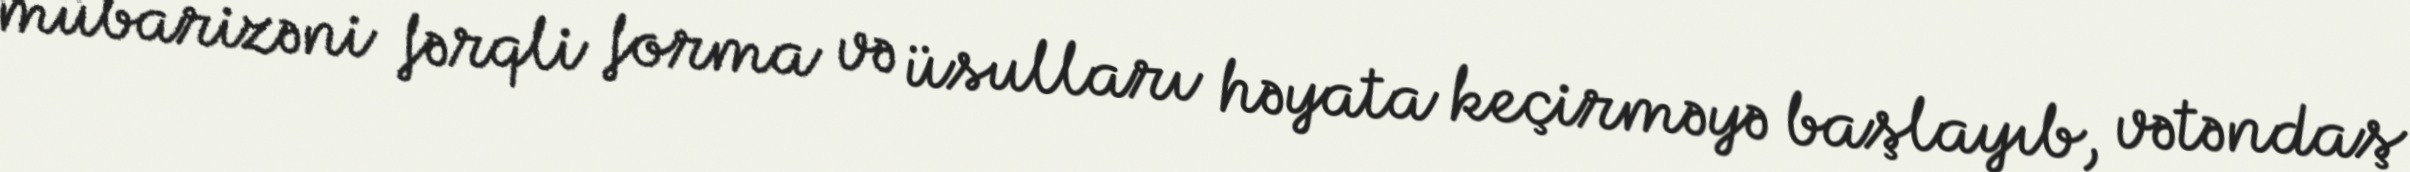
mübarizəni fərqli forma və üsulları həyata keçirməyə başlayıb, vətəndaş